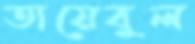
তায়েবুল